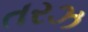
તરઝ